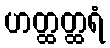
ဟတ္ထတ္ထရံ